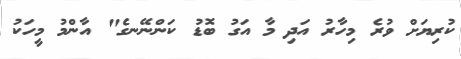
ކުރިޔަށް ވުރެ މިހާރު އަދި މާ އަގު ބޮޑު ކަންނޭނގެ" އާންމު މީހަކު